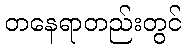
တနေရာတည်းတွင်